Lunatic asylums Madras 1892-1911 - 1892-1911
Year: 1892
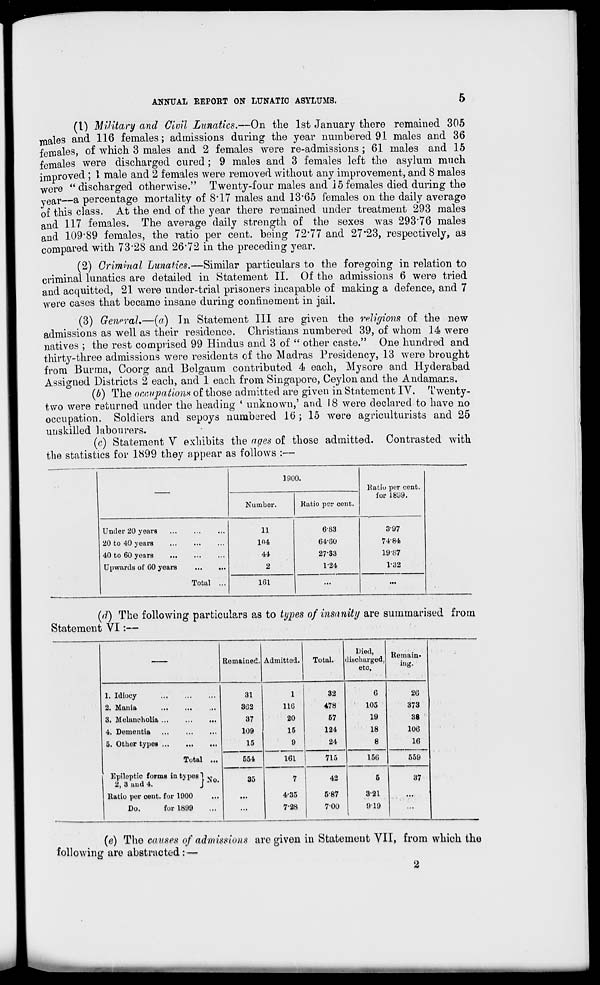
ANNUAL REPORT ON LUNATIC ASYLUMS.
5
(1) Military and Civil Lunatics.—On the 1st January there remained 305
males and 116 females; admissions during the year numbered 91 males and 36
females, of which 3 males and 2 females were re-admissions ; 61 males and 15
females were discharged cured ; 9 males and 3 females left the asylum much
improved ; I male and 2 females were removed without any improvement, and 8 males
were "discharged otherwise." Twenty-four males and 15females died during the
year—a percentage mortality of 8*17 males and 13*65 females on the daily average
of this class. At the end of the year there remained under treatment 293 males
and 117 females. The average daily strength of the sexes was 293*76 males
and 109*89 females, the ratio per cent, being 72*77 and 27*23, respectively, as
compared with 73*28 and 26*72 in the preceding year.
(2) Criminal Lunatics.—Similar particulars to the foregoing in relation to
criminal lunatics are detailed in Statement II. Of the admissions 6 were tried
and acquitted, 21 were under-trial prisoners incapable of making a defence, and 7
were cases that became insane during confinement in jail.
(3) General.—(a) In Statement III are given the religions of the new
admissions as well as their residence. Christians numbered 39, of whom 14 were
natives ; the rest comprised 99 Hindus and 3 of " other caste." One hundred and
thirty-three admissions were residents of the Madras Presidency, 13 were brought
from Burma, Coorg and Belgaum contributed 4 each, Mysore and Hyderabad
Assigned Districts 2 each, and 1 each from Singapore, Ce}donand the Andamans.
(6) The occupations of those admitted are given in Statement IV. Twenty-
two were returned under the heading * unknown,' and 18 were declared to have no
occupation. Soldiers and sepoys numbered 16 ; 15 were agriculturists and 25
unskilled labourers.
(c) Statement V exhibits the ages of those admitted. Contrasted with
the statistics for 1899 they appear as follows :—
, ,
1800.
Ratio per cent.
for 1899.
Number.
Ratio per cent.
Under 20 years
11
6-83
3-97
20 to 40 years
...
104
64-30
74-84
40 to 60 years
...
44
27S3
19-87
Upwards of GO years
Total ...
2
1-24
V32
161
...
...
•
(il) The following particulars as to types of insanity are summarised from
Statement VI :—
Remained. Admitted.
Total.
Died,
lischarged,
etc.
Remain-
ing.
1. Idiocy
31
1
32
0
26
2. Mania
362
116
478
105
373
3. Melancholia ...
37
20
57
19
38
4. Dementia
109
15
124
18
106
5. Other types
Total ...
Epileptic forms in t) pes "1 v
2, 3 and 4.
J * 0,
15
9
24
8
16
554
161
715
156
559
35
7
42
5
37 '
Ratio per cent, for 1900
...
4-35
5-87
3-21
...
Do.
for 1899
...
7-28
7-00
919
...
(e) The causes of admissions are given in Statement VII, from which the
following are abstracted : -